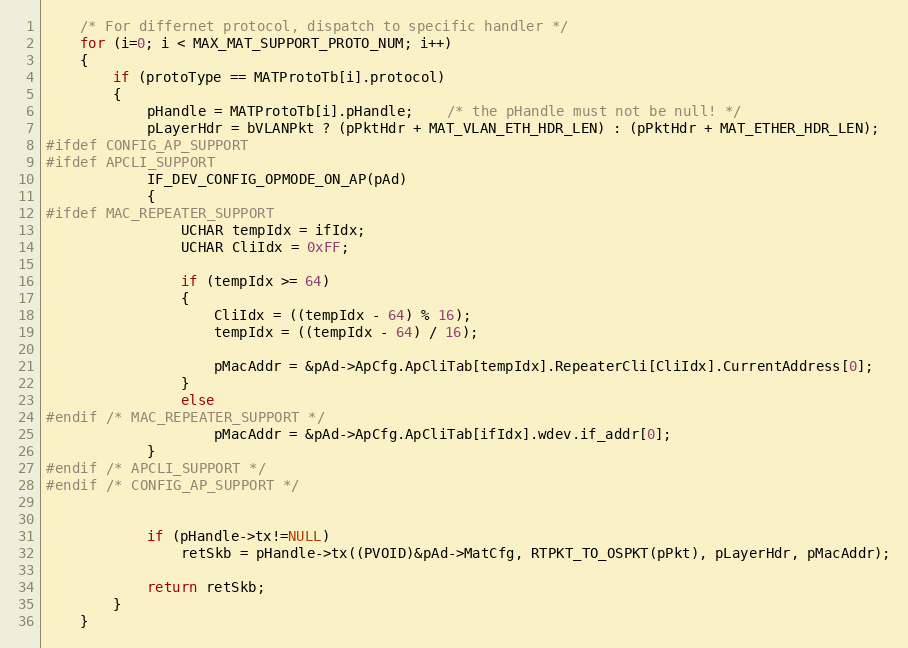
Language: C
	/* For differnet protocol, dispatch to specific handler */
	for (i=0; i < MAX_MAT_SUPPORT_PROTO_NUM; i++)
	{
		if (protoType == MATProtoTb[i].protocol)
		{
			pHandle = MATProtoTb[i].pHandle;	/* the pHandle must not be null! */
			pLayerHdr = bVLANPkt ? (pPktHdr + MAT_VLAN_ETH_HDR_LEN) : (pPktHdr + MAT_ETHER_HDR_LEN);
#ifdef CONFIG_AP_SUPPORT
#ifdef APCLI_SUPPORT
			IF_DEV_CONFIG_OPMODE_ON_AP(pAd)
			{
#ifdef MAC_REPEATER_SUPPORT
				UCHAR tempIdx = ifIdx;
				UCHAR CliIdx = 0xFF;

				if (tempIdx >= 64)
				{
					CliIdx = ((tempIdx - 64) % 16);
					tempIdx = ((tempIdx - 64) / 16);

					pMacAddr = &pAd->ApCfg.ApCliTab[tempIdx].RepeaterCli[CliIdx].CurrentAddress[0];
				}
				else
#endif /* MAC_REPEATER_SUPPORT */
					pMacAddr = &pAd->ApCfg.ApCliTab[ifIdx].wdev.if_addr[0];
			}
#endif /* APCLI_SUPPORT */
#endif /* CONFIG_AP_SUPPORT */

			if (pHandle->tx!=NULL)
				retSkb = pHandle->tx((PVOID)&pAd->MatCfg, RTPKT_TO_OSPKT(pPkt), pLayerHdr, pMacAddr);

			return retSkb;
		}
	}